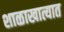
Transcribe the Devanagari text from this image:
शाळाखात्यात